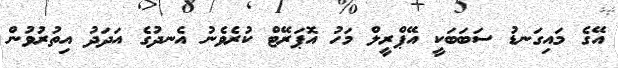
އޭގެ މައިގަނޑު ސަބަބަކީ އޭޕްރީލް މަހު އޮޕަރޭޓް ކުރެވެނު އެނދުގެ އަދަދު އިތުރުވުން